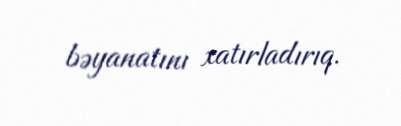
bəyanatını xatırladırıq.